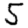
Digit: 5